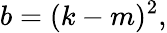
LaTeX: b=(k-m)^{2},